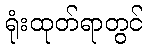
ရုံးထုတ်ရာတွင်